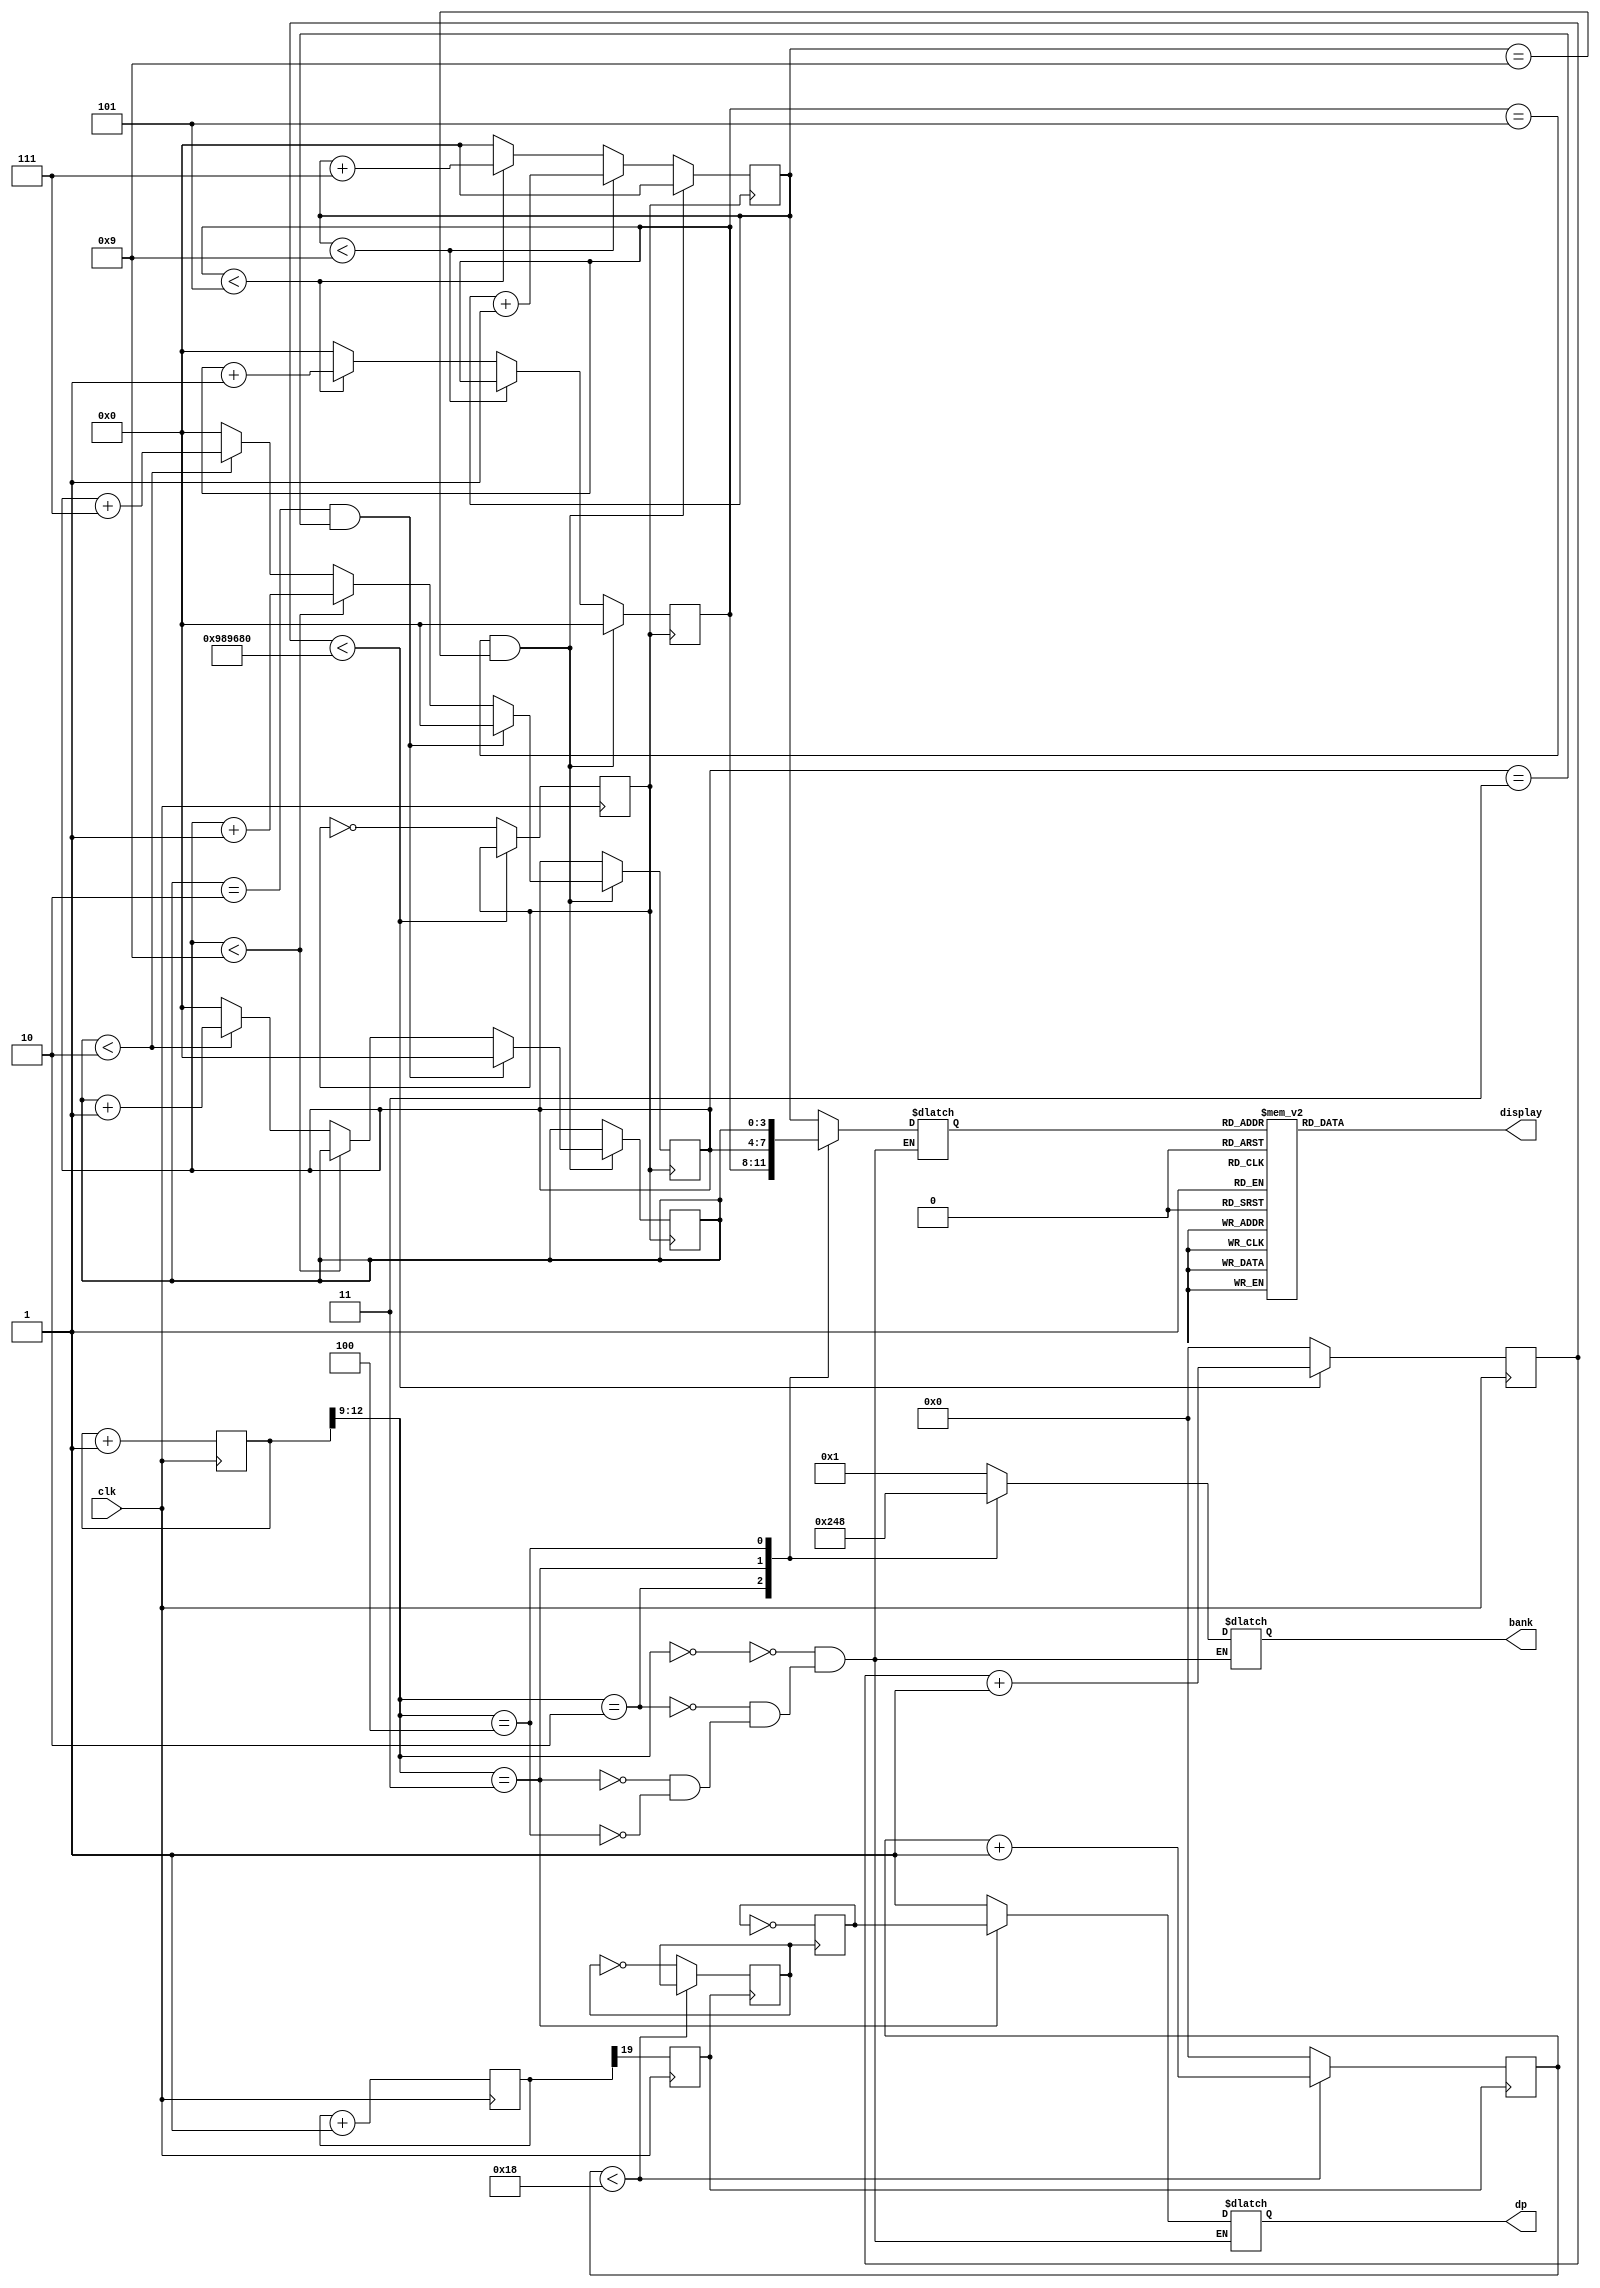
`timescale 1ns / 1ps
//////////////////////////////////////////////////////////////////////////////////
// Company: 
// Engineer: 
// 
// Design Name: 
// Module Name:    digitalClock 
// Project Name: 
// Target Devices: 
// Tool versions: 
// Description: 
//
// Dependencies: 
//
// Revision: 
// Revision 0.01 - File Created
// Additional Comments: 
//
///////////////////////////////////////////////////////////////////////////////////////////////////////////////////////////
module digitalClock(input clk, output reg [6:0] display,output reg [3:0] bank,output reg dp);
//TEST CLOCK///////////////////////////////////////////////////////////////////////////////////////////////////////////////
reg [31:0] testcount;
initial testcount=0;

reg testclk;
initial testclk=0;

always @(posedge clk)
begin
if (testcount<10000000) testcount<=testcount+1;
else
	begin
		testcount<=0;
		testclk<=~testclk;
	end
end

//50Hz clock///////////////////////////////////////////////////////////////////////////////////////////////////////////////

reg [19:0] count1;
initial count1=0;

reg clkout50;

always @(posedge clk)
begin
count1<=count1+1;
clkout50<=count1[19];
end

///////////////////////////////////////////////////////////////////////////////////////////////////////////////////////////

//clock with time period 2 sec i.e f=0.5Hz/////////////////////////////////////////////////////////////////////////////////
reg  [31:0] count2;
//initial count2=0;

reg clkout0;
initial clkout0=0;

always @(posedge clkout50)
begin
count2<=0;
if (count2<48) count2<=count2+1;      // 49 CHANGED TO 48      
else 
	begin
		count2<=0;
		clkout0<=~clkout0;
	end
end

///////////////////////////////////////////////////////////////////////////////////////////////////////////////////////////

//clock with freq//1Hz/////////////////////////////////////////////////////////////////////////////////////////////////////
reg [31:0] count3;
initial count3=0;                     

reg clkout1;                     
initial clkout1=0;

always @(posedge clkout50)                   
begin
if (count3<24) count3<=count3+1;                     
else
	begin
		count3<=0;
		clkout1<=~clkout1;                     
	end
end                  
////////////////////////////////////////////////////////////////////////////////////////////////////////////////////////////

/////////////DP ON OFF//////////////////////////////////////////////////////////////////////////////////////////////////////
reg k;
initial k=0;
initial dp=0;
always @(posedge clkout1)
begin
	k<=~k;
end
////////////////////////////////////////////////////////////////////////////////////////////////////////////////////////////

//SECOND AND MINUTE DRIVER//////////////////////////////////////////////////////////////////////////////////////////////////

reg [31:0] second;
//initial second=0;

reg minutedriver;
initial minutedriver=0;

always @(posedge clkout0)
begin
second<=0;
if (second<13) second<=second+1;     // 28 TO 13
else
	begin
		second<=0;
		minutedriver<=~minutedriver; // MINUTE DRIVER HAS TIME PERIOD OF 2 MIN
	end
end

////////////////////////////////////////////////////////////////////////////////////////////////////////////////////////////
//MINUTE////////////////////////////////////////////////////////////////////////////////////////////////////////////////////

reg [3:0] temp1;
reg [3:0] temp0;
reg hourdriver;

initial temp1=0;
initial temp0=0;


reg [3:0] temp11;
reg [3:0] temp10;

initial temp10=0;
initial temp11=0;


always @(posedge testclk)
//always @(posedge minutedriver)
begin

if (temp1==4'b0101 & temp0==4'b1001)
	begin
		temp0<=4'b0000;
		temp1<=4'b0000;
		if (temp11==4'b0010 & temp10==4'b0011)///////
		begin
			temp10<=4'b0000;
			temp11<=4'b0000;
		end
		else
		begin
		if (temp10<4'b1001) temp10<=temp10+1; 
		else 
		begin
			temp10<=temp10+4'b0111;
			if (temp11<4'b0010) temp11<=temp11+1;
			else 
				begin 
					temp11<=0;
					temp10<=0;
				end
		end
		end///////////////////////////////////////////
	end
else
begin
if (temp0<4'b1001) temp0<=temp0+1; 
else 
	begin
		temp0<=temp0+4'b0111;
		if (temp1<4'b0101) temp1<=temp1+1;
		else 
			begin 
				temp1<=0;
				temp0<=0;
			end
	end
end
end

//////////////////////////////////////////////////////////////////////////////////////////////////////////////////////////

//HOURS DRIVER ///////////////////////////////////////////////////////////////////////////////////////////////////////////
/*
reg [3:0] temp11;
reg [3:0] temp10;

initial temp10=0;
initial temp11=0;

always @(posedge hourdriver)
begin
if (temp11==4'b0010 & temp10==4'b0011)
	begin
		temp10<=4'b0000;
		temp11<=4'b0000;
	end
else
begin
if (temp10<4'b1001) temp10<=temp10+1; 
else 
	begin
		temp10<=temp10+4'b0111;
		if (temp11<4'b0010) temp11<=temp11+1;
		else 
			begin 
				temp11<=0;
				temp10<=0;
			end
	end
end
end

always @(negedge hourdriver)
begin
if (temp11==4'b0010 & temp10==4'b0011)
	begin
		temp10<=4'b0000;
		temp11<=4'b0000;
	end
else
begin
if (temp10<4'b1001) temp10<=temp10+1; 
else 
	begin
		temp10<=temp10+4'b0111;
		if (temp11<4'b0010) temp11<=temp11+1;
		else 
			begin 
				temp11<=0;
				temp10<=0;
			end
	end
end
end
*/
///////////////////////////////////////////////////////////////////////////////////////////////////////////////////////////


//DISPLAY CONTROL COUNTER//////////////////////////////////////////////////////////////////////////////////////////////////
reg [24:0] countd;
initial countd=0;
always @(posedge clk)
begin
countd<=countd+1;
end
///////////////////////////////////////////////////////////////////////////////////////////////////////////////////////////


//BANK CONTROL/////////////////////////////////////////////////////////////////////////////////////////////////////////////
reg [3:0] tempd;
//initial tempd=0;
always @(*)
begin
case(countd[12:9])
4'b0000:
begin
bank<=4'b0001;
tempd<=temp0;
dp=1;
end
4'b0010:
begin
bank<=4'b0010;
tempd<=temp1;
dp=1;
end
4'b0011:
begin
bank<=4'b0100;
tempd<=temp10;
dp=k;
end
4'b0100:
begin
bank<=4'b1000;
tempd<=temp11;
dp=1;
end
endcase
end
//DISPLAY/////////////////////////////////////////////////////////////////////////////////////////////////////////////
always @(tempd)
begin
case(tempd)
0:display=7'b0000001;
1:display=7'b1001111;
2:display=7'b0010010;
3:display=7'b0000110;
4:display=7'b1001100;
5:display=7'b0100100;
6:display=7'b0100000;
7:display=7'b0001111;
8:display=7'b0000000;
9:display=7'b0000100;
10:display=7'b0001000;
11:display=7'b1100000;
12:display=7'b0110001;
13:display=7'b1000010;
14:display=7'b0110000;
15:display=7'b0111000;
endcase
end
/////////////////////////////////////////////////////////////////////////////////////////////////////////////////////
 
 
 
endmodule